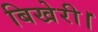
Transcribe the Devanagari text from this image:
बिखेरी।